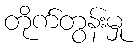
တိုက်တွန်းမှု